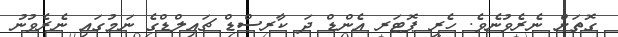
ގޮތަށް ނެރެވުނެވެ. ހެރީ ޕޮޓަރ އެންޑް ދަ ކާރސްޑް ޗައިލްޑްގެ ނަމުގައި ނެރެވުނު